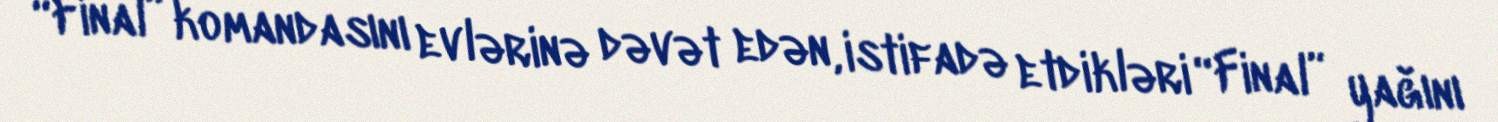
“Final” komandasını evlərinə dəvət edən, istifadə etdikləri “Final” yağını